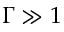
\Gamma \gg 1